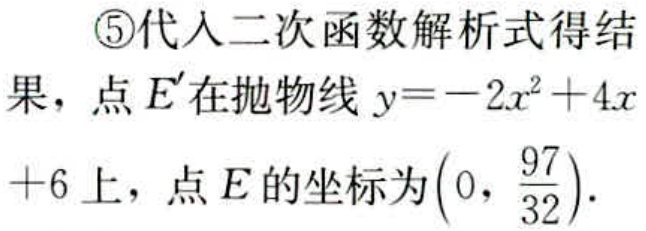
\textcircled{5}代入二次函数解析式得结果，点\(E'\)在抛物线\(y = - 2x^{2}+4x + 6\)上，点\(E\)的坐标为\(\left(0,\frac{97}{32}\right)\).